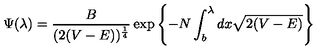
\Psi ( \lambda ) = \frac { B } { ( 2 ( V - E ) ) ^ { \frac { 1 } { 4 } } } \exp \left\{ - N \int _ { b } ^ { \lambda } d x \sqrt { 2 ( V - E ) } \right\}